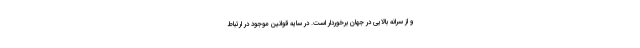
و از سرانه بالایی در جهان برخوردار است. در سایه قوانین موجود در ارتباط